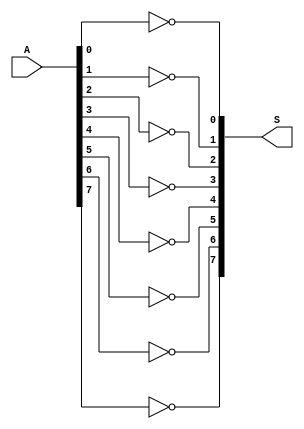
module not8(input [7:0]A, output [7:0]S);
	not(S[0], A[0]);
	not(S[1], A[1]);
	not(S[2], A[2]);
	not(S[3], A[3]);
	not(S[4], A[4]);
	not(S[5], A[5]);
	not(S[6], A[6]);
	not(S[7], A[7]);
endmodule